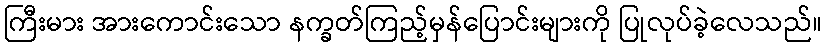
ကြီးမား အားကောင်းသော နက္ခတ်ကြည့်မှန်ပြောင်းများကို ပြုလုပ်ခဲ့လေသည်။